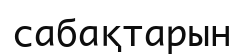
сабақтарын